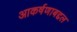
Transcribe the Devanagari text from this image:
आकर्षणाबद्दल